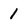
Character: 1